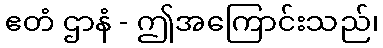
ဧတံ ဌာနံ - ဤအကြောင်းသည်၊